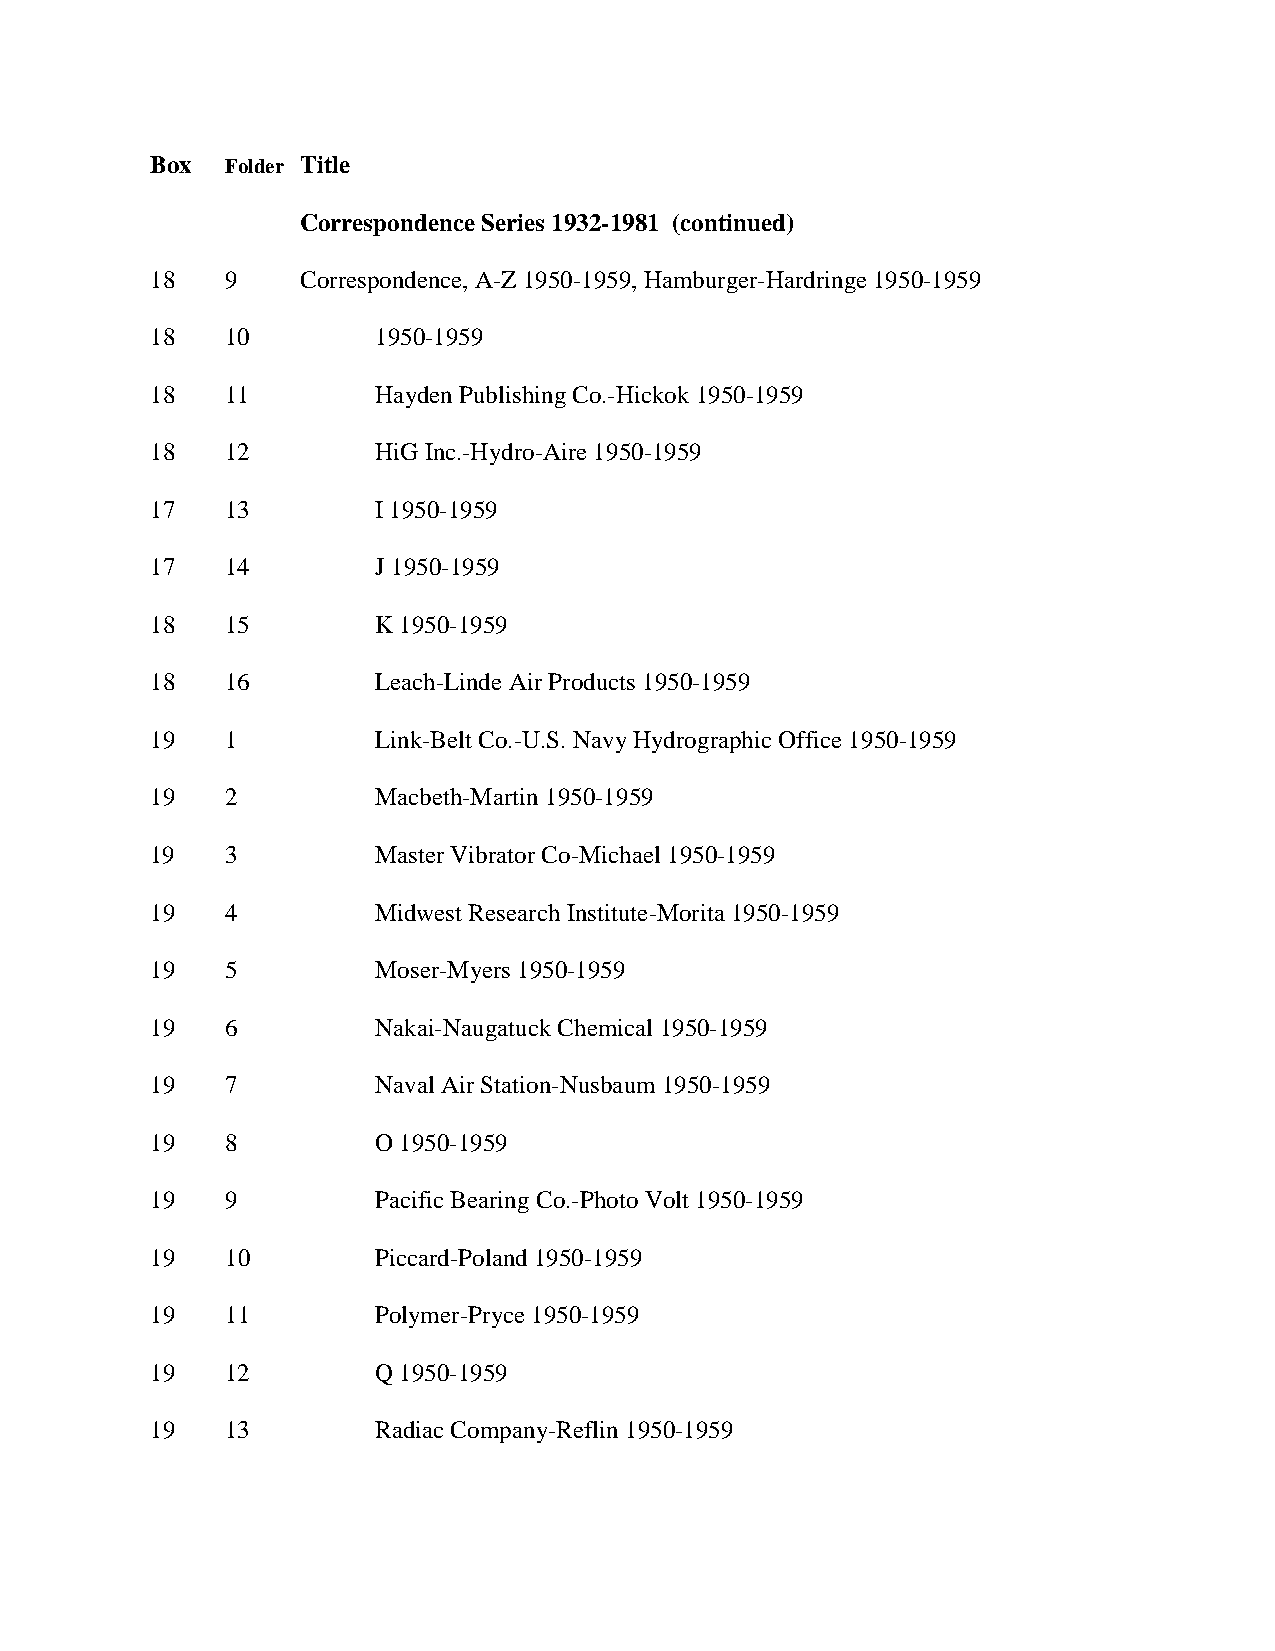
Box  Folder Title
 Correspondence Series 1932-1981 (continued)
 18   9    Correspondence, A-Z 1950-1959, Hamburger-Hardringe 1950-1959
 18   10        1950-1959
 18   11        Hayden Publishing Co.-Hickok 1950-1959
 18   12        HiG Inc.-Hydro-Aire 1950-1959
 17   13        I 1950-1959
 17   14        J 1950-1959
 18   15        K 1950-1959
 18   16        Leach-Linde Air Products 1950-1959
 19   1         Link-Belt Co.-U.S. Navy Hydrographic Office 1950-1959
 19   2         Macbeth-Martin 1950-1959
 19   3         Master Vibrator Co-Michael 1950-1959
 19   4         Midwest Research Institute-Morita 1950-1959
 19   5         Moser-Myers 1950-1959
 19   6         Nakai-Naugatuck Chemical 1950-1959
 19   7         Naval Air Station-Nusbaum 1950-1959
 19   8         O 1950-1959
 19   9         Pacific Bearing Co.-Photo Volt 1950-1959
 19   10        Piccard-Poland 1950-1959
 19   11        Polymer-Pryce 1950-1959
 19   12        Q 1950-1959
 19   13        Radiac Company-Reflin 1950-1959